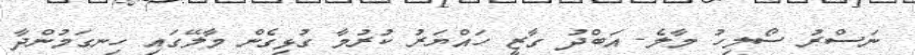
ނަސްރު ސޯލިހު މާލެ- އަބްދު ގާޒީ ހައްޔަރު ކުރުމާ ގުޅިގެން މާލޭގައި ހިނގަމުންދާ